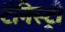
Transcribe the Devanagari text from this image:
टैनिस्ट्री